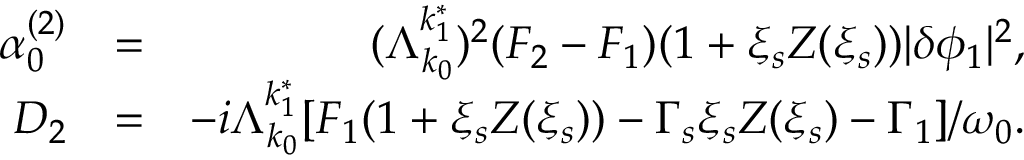
\begin{array} { r l r } { \alpha _ { 0 } ^ { ( 2 ) } } & { = } & { ( \Lambda _ { k _ { 0 } } ^ { k _ { 1 } ^ { * } } ) ^ { 2 } ( F _ { 2 } - F _ { 1 } ) ( 1 + \xi _ { s } Z ( \xi _ { s } ) ) \lvert \delta \phi _ { 1 } \rvert ^ { 2 } , } \\ { D _ { 2 } } & { = } & { - i \Lambda _ { k _ { 0 } } ^ { k _ { 1 } ^ { * } } [ F _ { 1 } ( 1 + \xi _ { s } Z ( \xi _ { s } ) ) - \Gamma _ { s } \xi _ { s } Z ( \xi _ { s } ) - \Gamma _ { 1 } ] / \omega _ { 0 } . } \end{array}